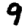
Digit: 9